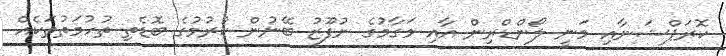
ކޮރަޕްޝަނާއި މަނީ ލޯންޑްރިން އާއި މަގާމުގެ ނުފޫޒު ބޭނުން ކުރުމުގެ ބޮޑެތި ތުހުމަތުތަކެއް